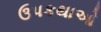
ઉપકથાઓ